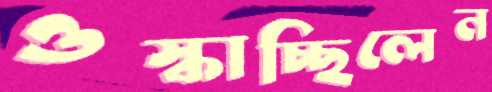
ওস্‌কাচ্ছিলেন